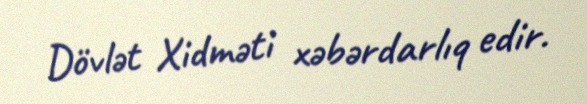
Dövlət Xidməti xəbərdarlıq edir.